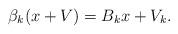
LaTeX: \begin{align*} \beta_k (x + V) = B_k x + V_k.\end{align*}